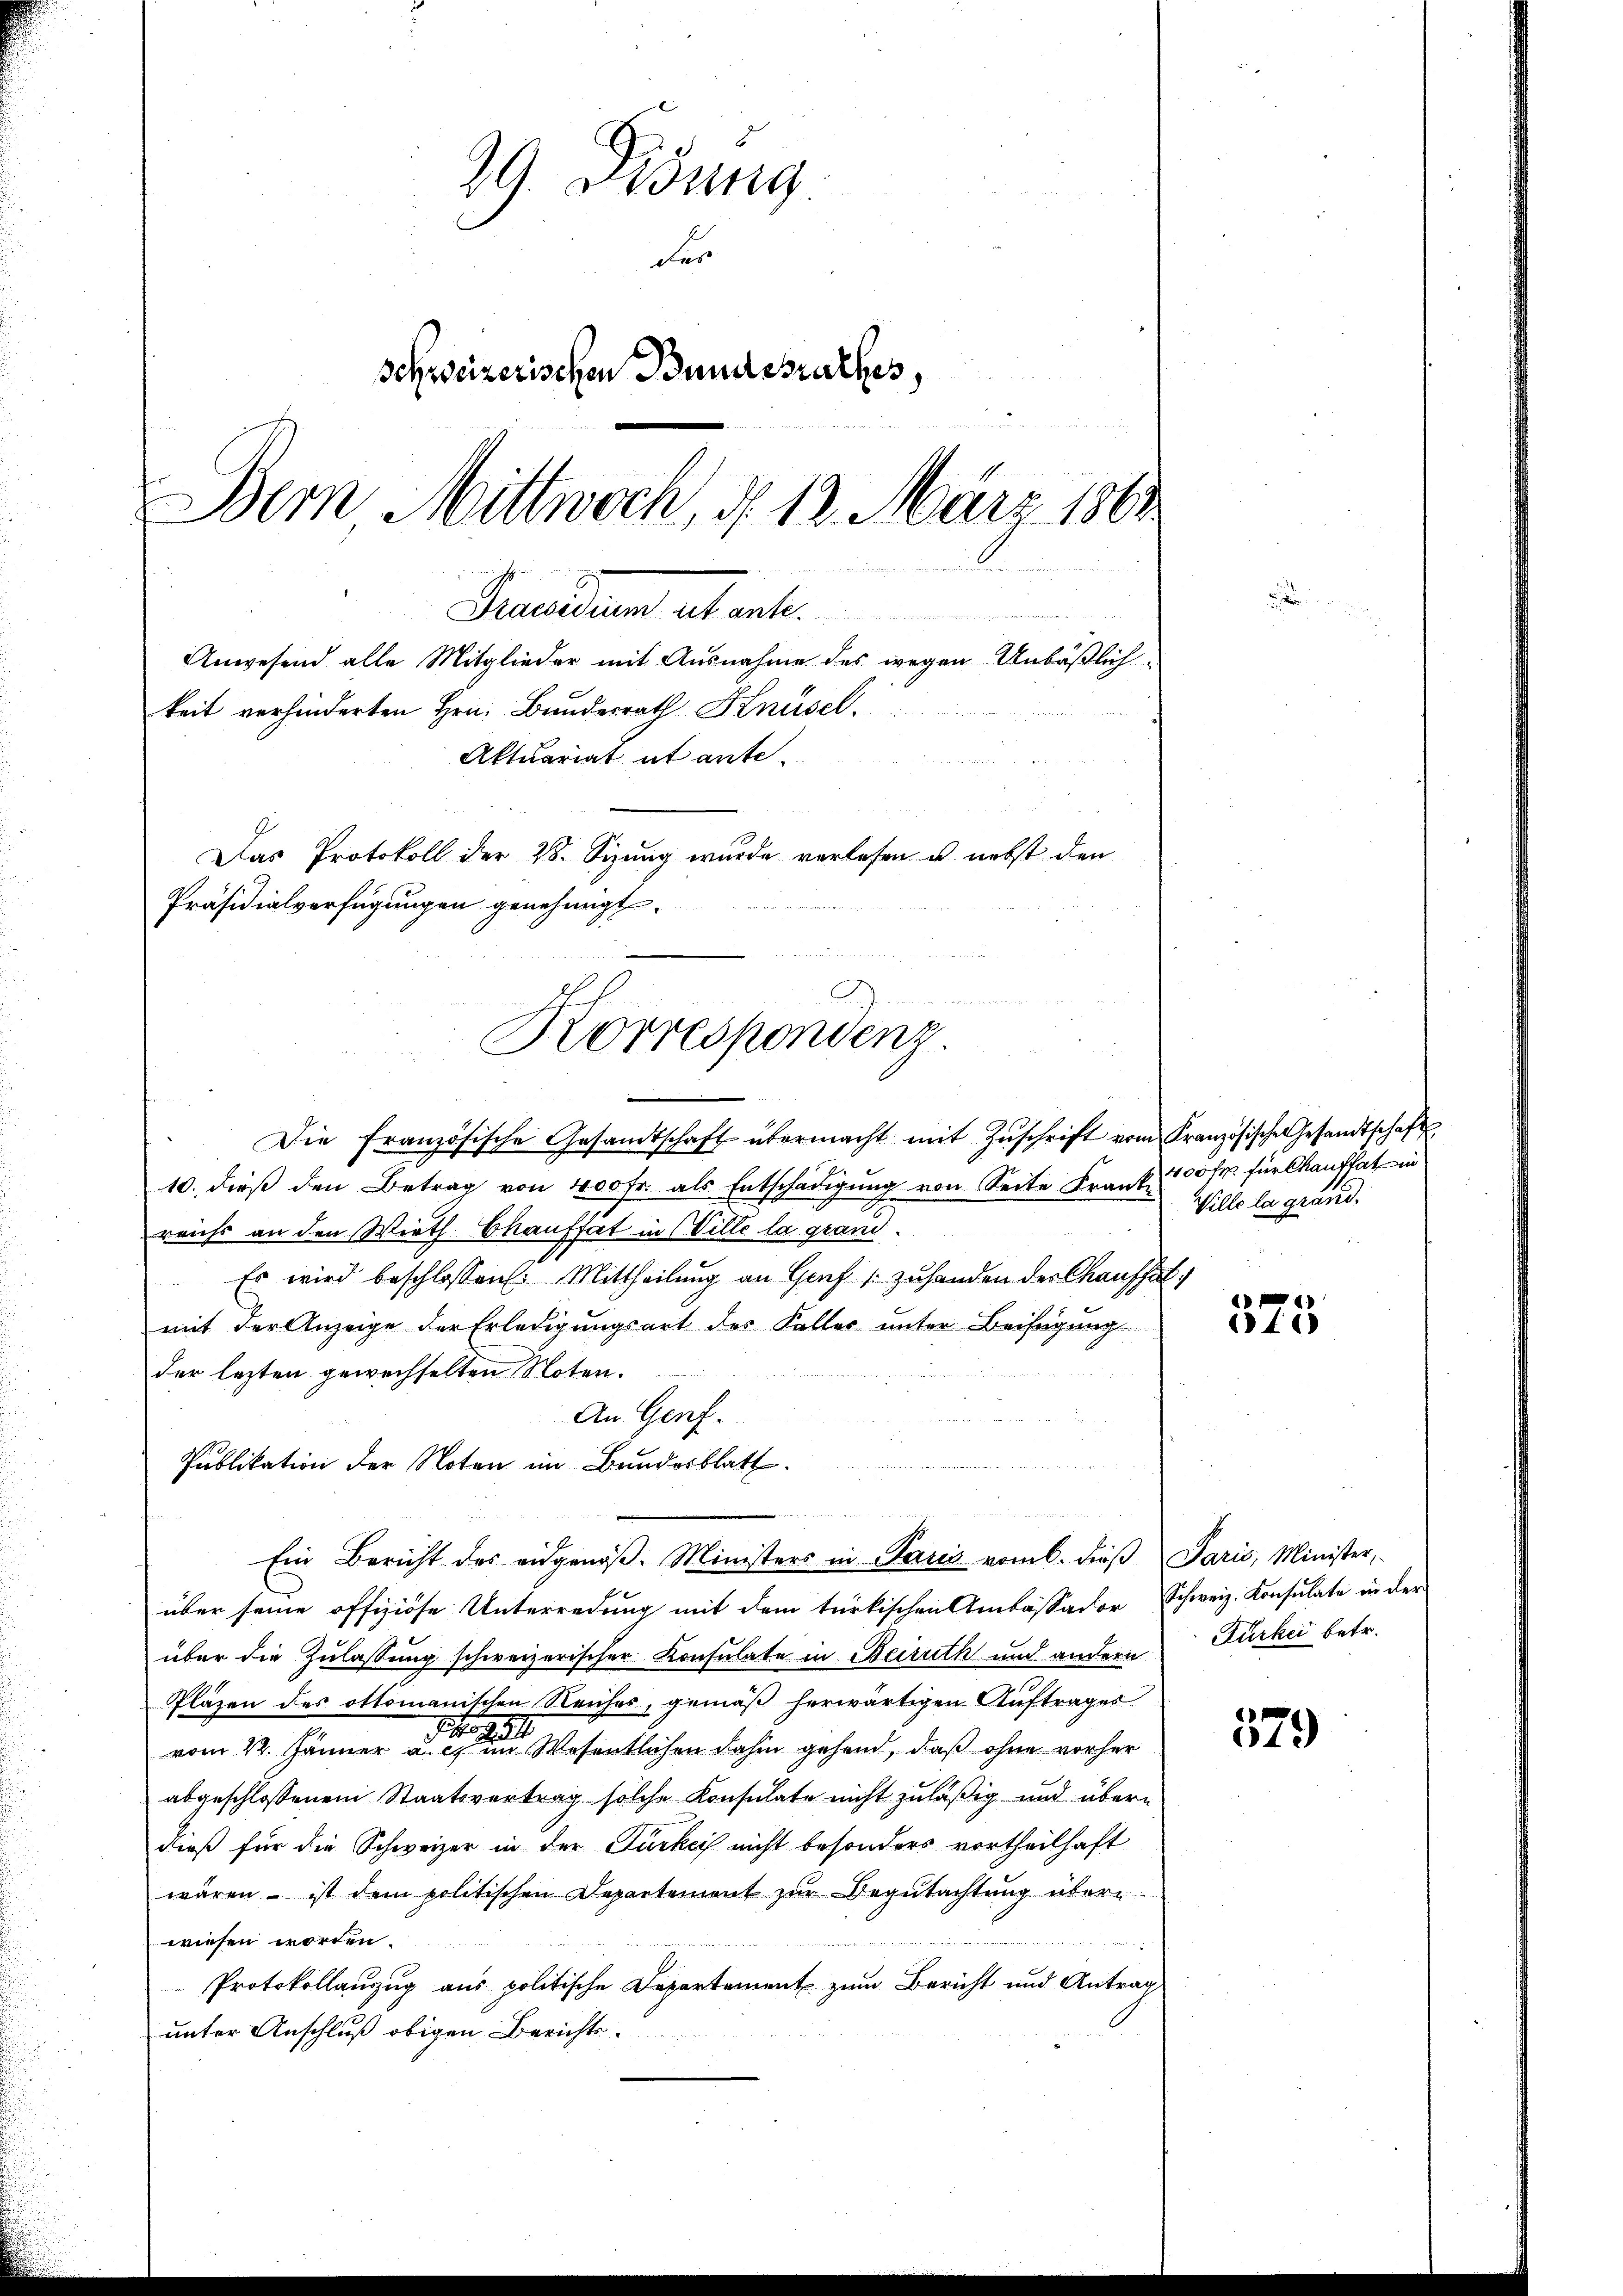
29. Ordung
des
Schweizerischen Bundesrathes,
Bern Mittwoch, d. 12. März 1861
Freunden alt inter
Anwesend alle Mitglieder mit Ausnahme des wegen Unbäßlich
keit verhinderten Hrn. Bundesrath Knüsel

Präsidialverfügungen genehmigt.
Korrespondenz.

Aktuariat et ante
Das Protokoll der 28. Sizung wurde verlesen u. nebst den

Die französische Gesandtschaft übermacht mit Zŭschrift vom Französische Gesandtschaft
10. dieß den Betrag von 400 Fr. als Entschädigung von Seite Frank, 300 fr. für Chauftat in
reichs an den Wirth Chauffät in Wille la grand
Es wird beschlossen: Mittheilung an Genf zuhanden der Chauffal
mit der Anzeige der Erledigungsart des Kaller unter Beifügung
der lezten gewechselten Noten.
An Genf.
Publikation der Noten im Bundesblatt.
u
t
über seine offiziöse Unterredung mit dem türkischen Ambaßador Schweiz. Konsulate in der
über die Zulassung schweizerischer Konsulate in Beiruth und andern Fürkei betr.
Pläzen des ottomanischen Reiches, gemäß herwärtigen Auftrages
27
.
vom 22. Jänner a. c. im Wesentlichen dahin gehend, daß ohne vorher
abgeschlossenen Staatsvertrag solche Konsulate nicht zuläßig und übern
dieß für die Schweizer in der Türkei nicht besonders vortheilhaft
wären - ist dem politischen Departement zŭr Begutachtung übere
wiesen worden.
4
r
Protokollanzug aus politische Departement zum Bericht und Antrag
unter Anschluß obigen Berichts-

Ein Bericht des eidgenöβ. Ministers in Paris vom 6. dieβ Paris, Minister,

Wille la grund.

1
t

579